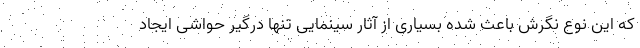
که این نوع نگرش باعث شده بسیاری از آثار سینمایی تنها درگیر حواشی ایجاد